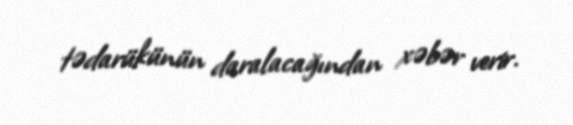
tədarükünün daralacağından xəbər verir.